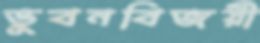
ভুবনবিজয়ী